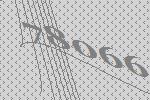
78066